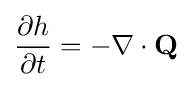
{\frac {\partial h}{\partial t}}=-\nabla \cdot \mathbf {Q}